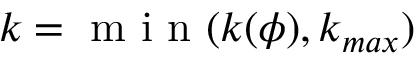
k = \mathrm { ~ m ~ i ~ n ~ } ( k ( \phi ) , k _ { m a x } )